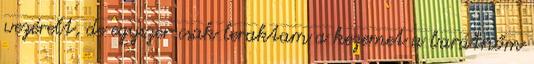
vezérelt, de egyszer csak leraktam a kezemet a barátnőm